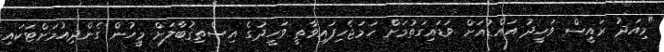
"މިއަދު ރައީސް ވަހީދު އައްޑުއަށް ވަޑައިގަތުމަށް ހަމަޖެހިފައިވާތީ ވަހީދުގެ އިސްތިޤުބާލަށް މީހުން ގެންދިއުމަށްޓަކައި